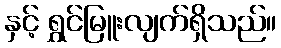
နှင့် ရွှင်မြူးလျက်ရှိသည်။